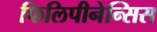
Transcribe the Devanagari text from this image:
फिलिपीनेन्सिस